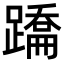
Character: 𨅳